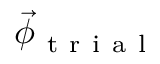
\vec { \phi } _ { \mathrm { ~ t ~ r ~ i ~ a ~ l ~ } }